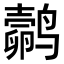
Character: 𬸬